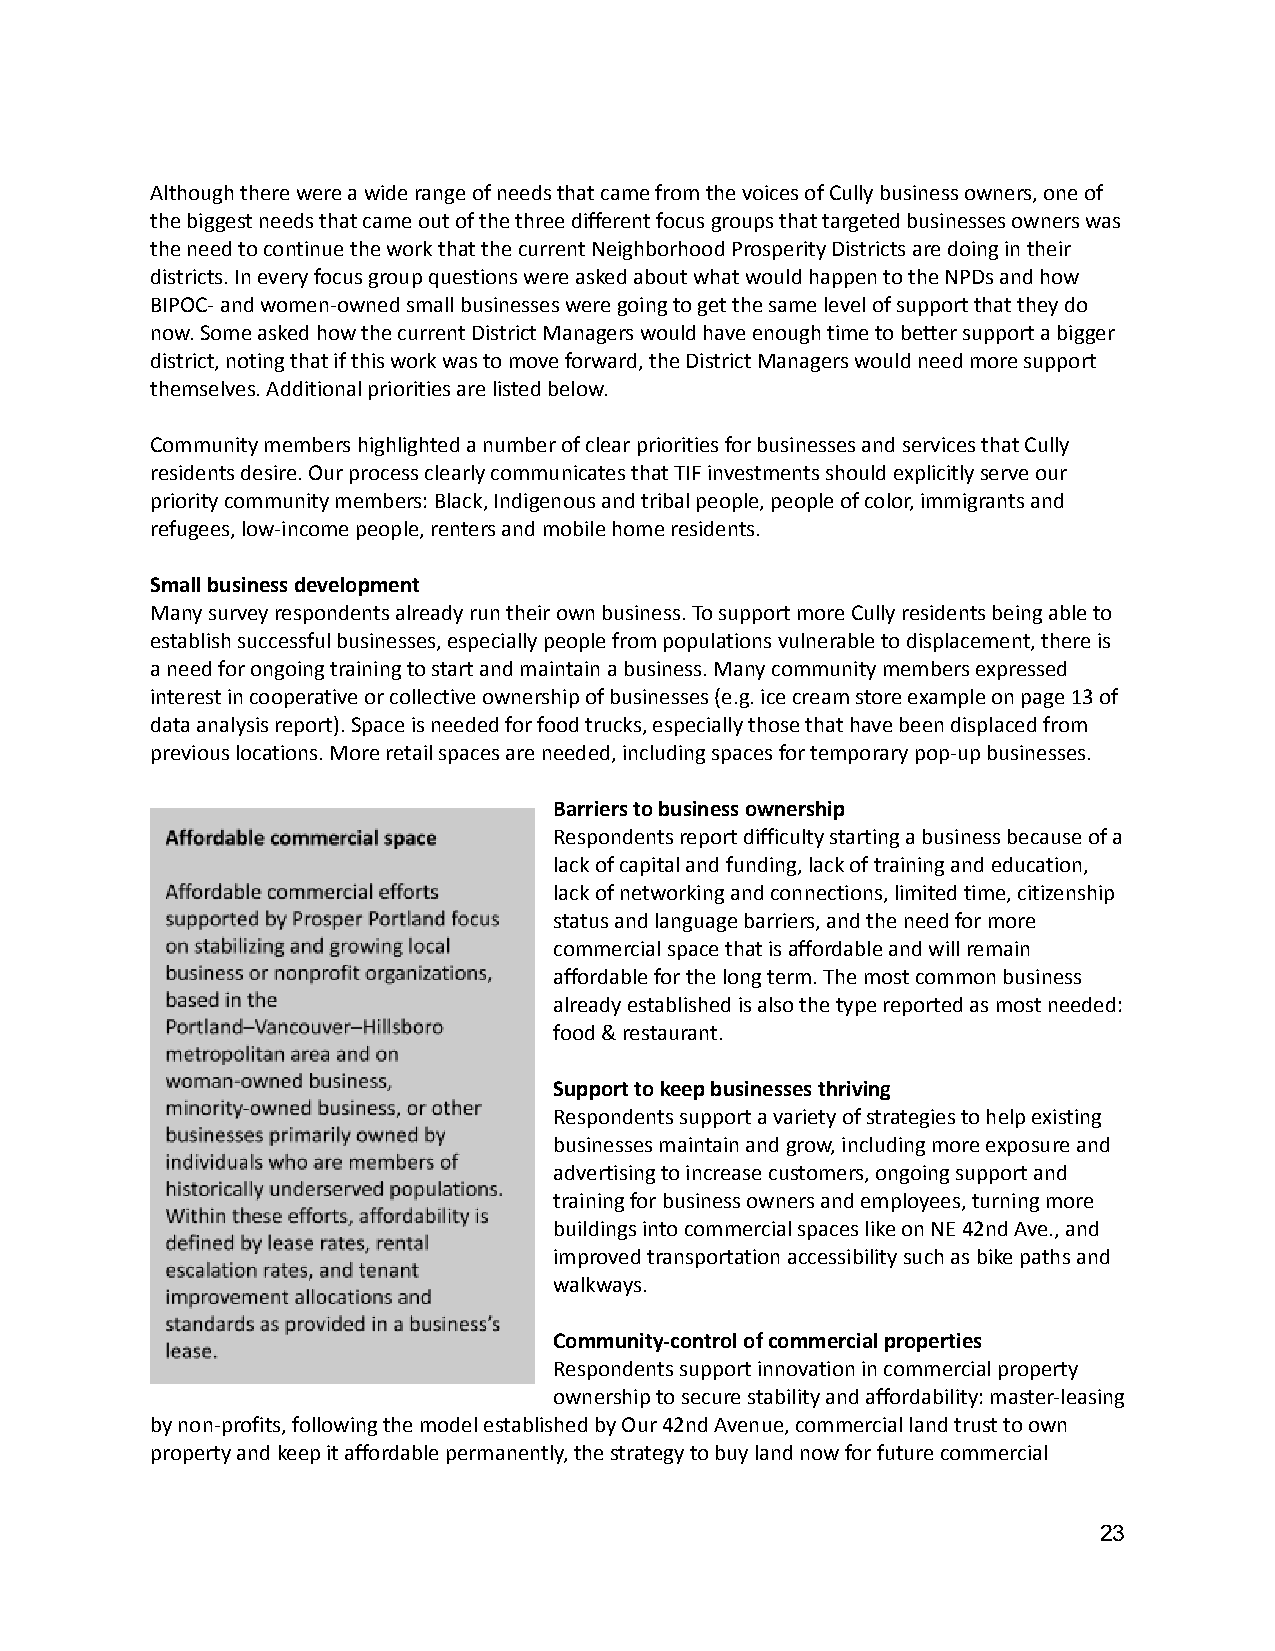
Although there were a wide range of needs that camefrom the voices of Cully business owners, one of
 the biggest needs that came out of the three differentfocus groups that targeted businesses owners was
 the need to continue the work that the current NeighborhoodProsperity Districts are doing in their
 districts. In every focus group questions were askedabout what would happen to the NPDs and how
 BIPOC- and women-owned small businesses were goingto get the same level of support that they do
 now. Some asked how the current District Managerswould have enough time to better support a bigger
 district, noting that if this work was to move forward,the District Managers would need more support
 themselves. Additional priorities are listed below.
 Community members highlighted a number of clear prioritiesfor businesses and services that Cully
 residents desire. Our process clearly communicatesthat TIF investments should explicitly serve our
 priority community members: Black, Indigenous andtribal people, people of color, immigrants and
 refugees, low-income people, renters and mobile homeresidents.
 Small business development
 Many survey respondents already run their own business.To support more Cully residents being able to
 establish successful businesses, especially peoplefrom populations vulnerable to displacement, thereis
 a need for ongoing training to start and maintaina business. Many community members expressed
 interest in cooperative or collective ownership ofbusinesses (e.g. ice cream store example on page13 of
 data analysis report). Space is needed for food trucks,especially those that have been displaced from
 previous locations. More retail spaces are needed,including spaces for temporary pop-up businesses.
 Barriers to business ownership
 Respondents report difficulty starting a businessbecause of a
 lack of capital and funding, lack of training andeducation,
 lack of networking and connections, limited time,citizenship
 status and language barriers, and the need for more
 commercial space that is affordable and will remain
 affordable for the long term. The most common business
 already established is also the type reported as mostneeded:
 food & restaurant.
 Support to keep businesses thriving
 Respondents support a variety of strategies to helpexisting
 businesses maintain and grow, including more exposureand
 advertising to increase customers, ongoing supportand
 training for business owners and employees, turningmore
 buildings into commercial spaces like on NE 42nd Ave.,and
 improved transportation accessibility such as bikepaths and
 walkways.
 Community-control of commercial properties
 Respondents support innovation in commercial property
 ownership to secure stability and affordability: master-leasing
 by non-profits, following the model established byOur 42nd Avenue, commercial land trust to own
 property and keep it affordable permanently, the strategyto buy land now for future commercial
 23